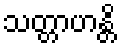
သတ္တာဟန္တိ